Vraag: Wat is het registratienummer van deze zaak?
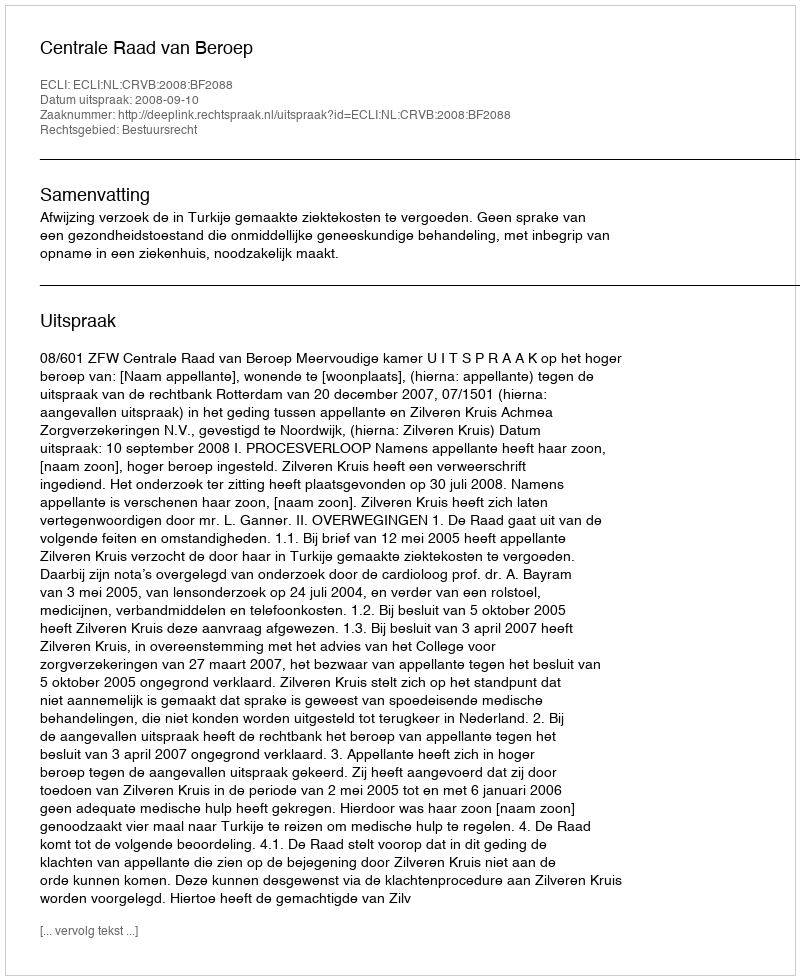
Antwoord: http://deeplink.rechtspraak.nl/uitspraak?id=ECLI:NL:CRVB:2008:BF2088